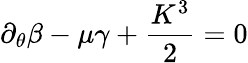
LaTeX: \partial_{\theta}\beta-\mu\gamma+\frac{K^{3}}{2}=0